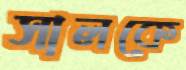
সালকে